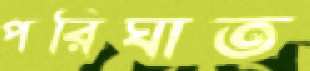
পরিঘাত